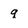
Character: q